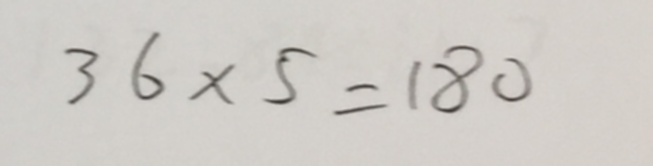
3 6 \times 5 = 1 8 0